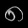
Digit: ၈